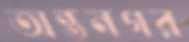
অন্তনগর